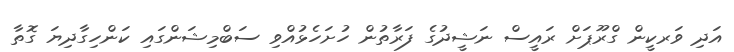
އަދި ވަރކީން ގްރޫޕަށް ރައީސް ނަޝީދުގެ ފަރާތުން ހުށަހެޅުއްވި ސަބްމިޝަންގައި ކަންހިގާދިޔަ ގޮތާ